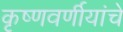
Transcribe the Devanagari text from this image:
कृष्णवर्णीयांचे